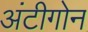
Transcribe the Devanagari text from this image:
अंटीगोन